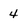
Character: 4